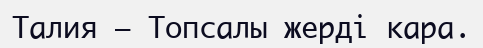
Талия — Топсалы жерді кара.